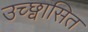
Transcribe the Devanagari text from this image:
उच्छ्वासित